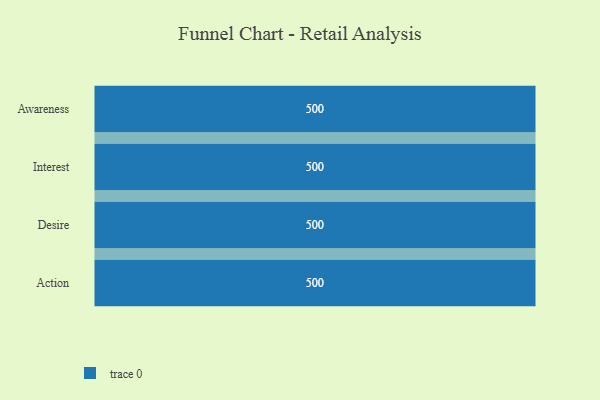
{"axis": {"x": "Stage", "y": "Value"}, "legend": [""], "data": [{"x": "Awareness", "y": 500, "type": ""}, {"x": "Interest", "y": 500, "type": ""}, {"x": "Desire", "y": 500, "type": ""}, {"x": "Action", "y": 500, "type": ""}]}